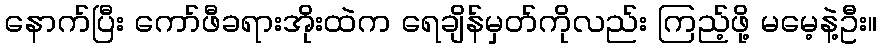
နောက်ပြီး ကော်ဖီခရားအိုးထဲက ရေချိန်မှတ်ကိုလည်း ကြည့်ဖို့ မမေ့နဲ့ဦး။